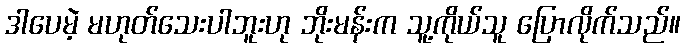
ဒါပေမဲ့ မဟုတ်သေးပါဘူးဟု ဘိုးမန်းက သူ့ကိုယ်သူ ပြောလိုက်သည်။